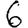
Digit: 6